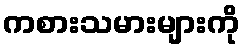
ကစားသမားများကို